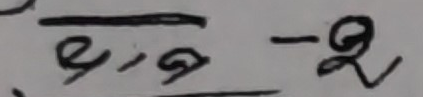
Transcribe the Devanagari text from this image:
९,९ - २